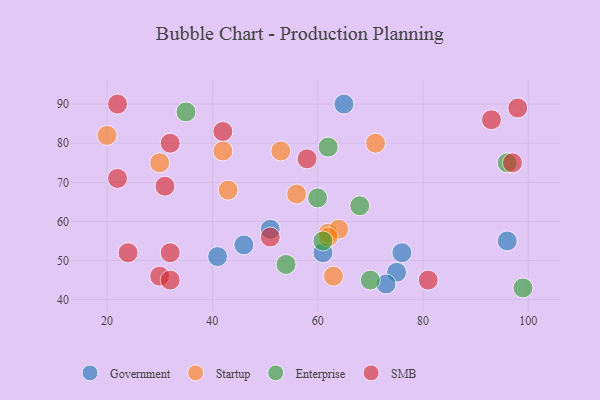
{"axis": {"x": "GDP", "y": "Life Expectancy"}, "legend": ["Enterprise", "Government", "SMB", "Startup"], "data": [{"x": "76", "y": 52, "type": "Government"}, {"x": "65", "y": 90, "type": "Government"}, {"x": "75", "y": 47, "type": "Government"}, {"x": "73", "y": 44, "type": "Government"}, {"x": "46", "y": 54, "type": "Government"}, {"x": "51", "y": 58, "type": "Government"}, {"x": "61", "y": 52, "type": "Government"}, {"x": "41", "y": 51, "type": "Government"}, {"x": "96", "y": 55, "type": "Government"}, {"x": "62", "y": 57, "type": "Startup"}, {"x": "56", "y": 67, "type": "Startup"}, {"x": "71", "y": 80, "type": "Startup"}, {"x": "43", "y": 68, "type": "Startup"}, {"x": "30", "y": 75, "type": "Startup"}, {"x": "53", "y": 78, "type": "Startup"}, {"x": "64", "y": 58, "type": "Startup"}, {"x": "62", "y": 56, "type": "Startup"}, {"x": "20", "y": 82, "type": "Startup"}, {"x": "63", "y": 46, "type": "Startup"}, {"x": "42", "y": 78, "type": "Startup"}, {"x": "62", "y": 79, "type": "Enterprise"}, {"x": "99", "y": 43, "type": "Enterprise"}, {"x": "54", "y": 49, "type": "Enterprise"}, {"x": "68", "y": 64, "type": "Enterprise"}, {"x": "60", "y": 66, "type": "Enterprise"}, {"x": "35", "y": 88, "type": "Enterprise"}, {"x": "70", "y": 45, "type": "Enterprise"}, {"x": "61", "y": 55, "type": "Enterprise"}, {"x": "96", "y": 75, "type": "Enterprise"}, {"x": "32", "y": 52, "type": "SMB"}, {"x": "98", "y": 89, "type": "SMB"}, {"x": "32", "y": 80, "type": "SMB"}, {"x": "58", "y": 76, "type": "SMB"}, {"x": "30", "y": 46, "type": "SMB"}, {"x": "97", "y": 75, "type": "SMB"}, {"x": "32", "y": 45, "type": "SMB"}, {"x": "31", "y": 69, "type": "SMB"}, {"x": "51", "y": 56, "type": "SMB"}, {"x": "93", "y": 86, "type": "SMB"}, {"x": "22", "y": 71, "type": "SMB"}, {"x": "42", "y": 83, "type": "SMB"}, {"x": "22", "y": 90, "type": "SMB"}, {"x": "24", "y": 52, "type": "SMB"}, {"x": "81", "y": 45, "type": "SMB"}]}